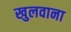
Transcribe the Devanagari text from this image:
खुलवाना